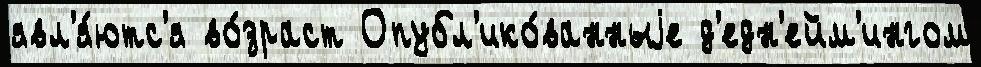
явл'я́ютс'я во́зраст Опубл'ико́ванныjе д'едн'ейм'ингом